Annual report on the lock hospitals of the Madras Presidency
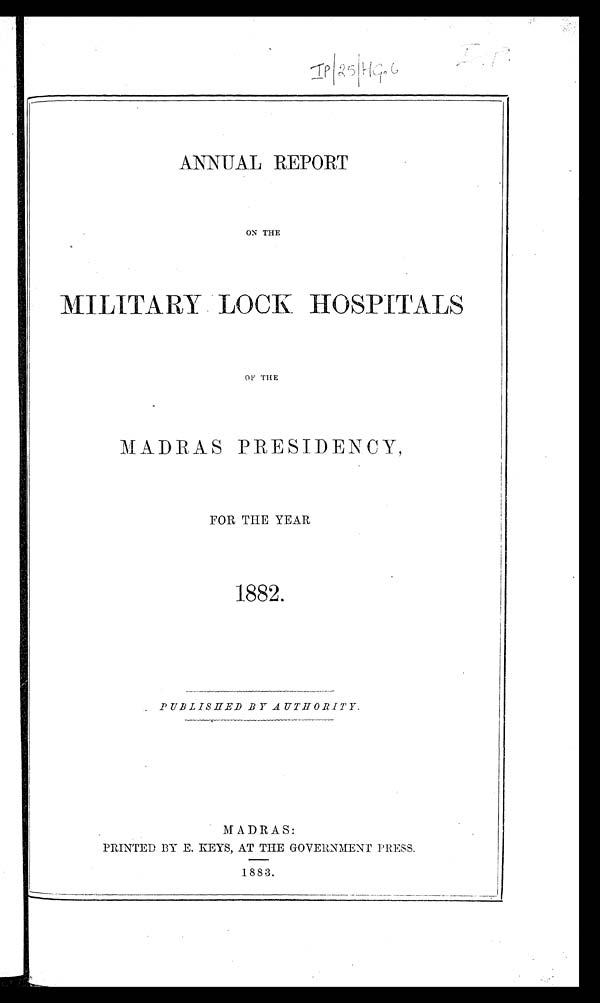
ANNUAL REPORT
ON THE
MILITARY LOCK HOSPITALS
OF THE
MADRAS PRESIDENCY,
FOR THE YEAR
1882.
PUBLISHED BY AUTHORITY.
MADRAS:
PRINTED BY E. KEYS, AT THE GOVERNMENT PRESS.
1883.